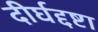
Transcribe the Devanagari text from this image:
दीर्घद्दष्टा